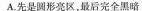
A.先是圆形亮区，最后完全黑暗